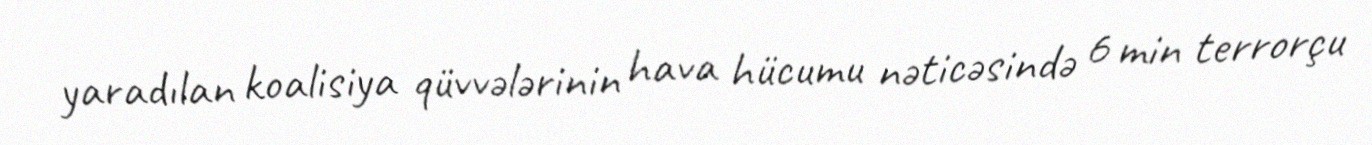
yaradılan koalisiya qüvvələrinin hava hücumu nəticəsində 6 min terrorçu